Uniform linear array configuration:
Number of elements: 24
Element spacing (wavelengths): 0.5
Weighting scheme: hann
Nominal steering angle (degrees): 30
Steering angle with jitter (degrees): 28.404
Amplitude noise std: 0.05
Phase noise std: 0.05

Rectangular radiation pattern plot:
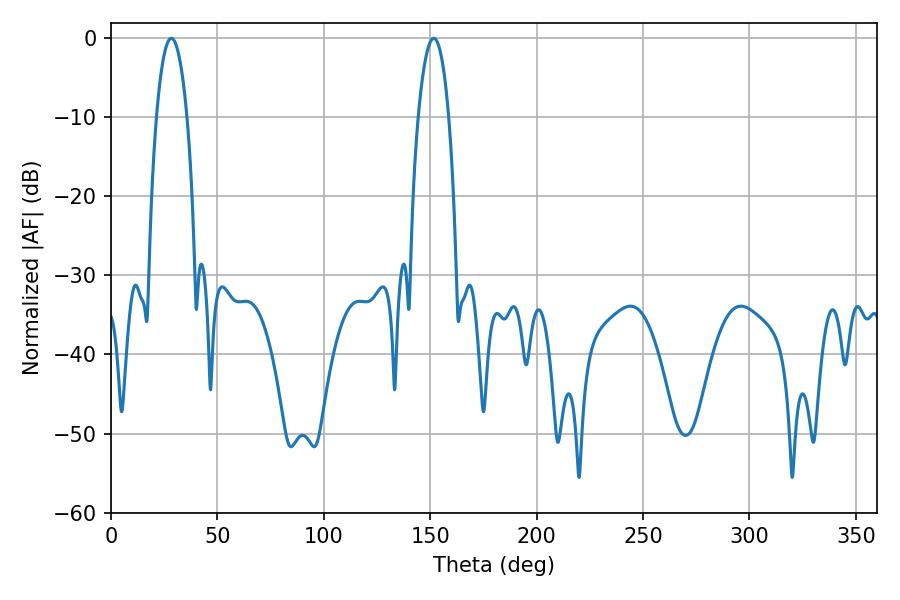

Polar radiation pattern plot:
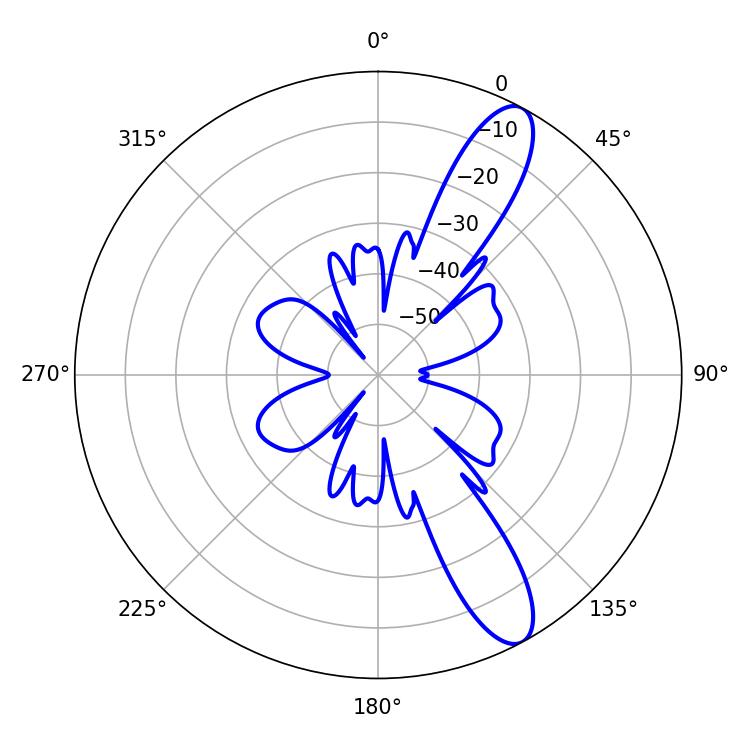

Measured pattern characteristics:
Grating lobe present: FALSE
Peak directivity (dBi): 11.489
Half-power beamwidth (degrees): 7.92
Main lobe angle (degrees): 151.74